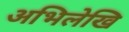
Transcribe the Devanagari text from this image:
अभिलेखि